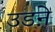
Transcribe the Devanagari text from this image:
उडऩे